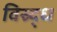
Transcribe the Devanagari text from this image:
विस्र्द्ध